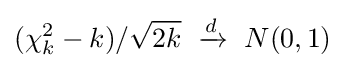
(\chi _{k}^{2}-k)/{\sqrt {2k}}~\xrightarrow {d} \ N(0,1)